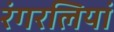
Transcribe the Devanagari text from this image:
रंगरलियां